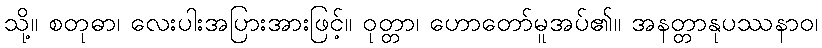
သို့။ စတုဓာ၊ လေးပါးအပြားအားဖြင့်။ ဝုတ္တာ၊ ဟောတော်မူအပ်၏။ အနတ္တာနုပဿနာဝ၊